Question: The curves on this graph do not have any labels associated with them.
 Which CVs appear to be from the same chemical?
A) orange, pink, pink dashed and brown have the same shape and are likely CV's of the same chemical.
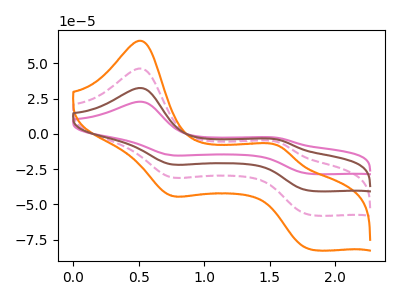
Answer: <think>The pink curve "pink" has anodic peaks at (0.50V, 139.05uA) (1.55V, -18.10uA) and cathodic peaks at (0.75V, -91.65uA) (1.80V, -172.50uA). The pink dashed curve "pink dashed" has anodic peaks at (0.50V, 46.35uA) (1.55V, -6.05uA) and cathodic peaks at (0.75V, -30.55uA) (1.80V, -57.50uA). The orange curve "orange" has anodic peaks at (0.50V, 66.05uA) (1.55V, -8.60uA) and cathodic peaks at (0.75V, -43.55uA) (1.80V, -81.95uA). The brown curve "brown" has anodic peaks at (0.50V, 92.70uA) (1.55V, -12.05uA) and cathodic peaks at (0.75V, -61.10uA) (1.80V, -115.00uA).
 All the peaks in "pink" have a peak in "pink dashed" at the same potential. All the peaks in "pink" have a peak in "orange" at the same potential. All the peaks in "pink" have a peak in "brown" at the same potential. All the peaks in "pink dashed" have a peak in "orange" at the same potential. All the peaks in "pink dashed" have a peak in "brown" at the same potential. All the peaks in "orange" have a peak in "brown" at the same potential.</think>
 <answer>A) "orange", "pink", "pink dashed" and "brown" have the same shape and are likely CV's of the same chemical.</answer>
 <eval>A</eval>